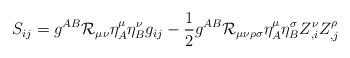
LaTeX: \begin{align*}S_{ij} = g^{AB}{\cal R}_{\mu\nu} \eta^{\mu}_{A}\eta^{\nu}_{B}g_{ij} - \frac{1}{2}g^{AB}{\cal R}_{\mu\nu\rho\sigma}\eta^{\mu}_{A}\eta^{\sigma}_{B}Z^{\nu}_{,i}Z^{\rho}_{,j}\end{align*}